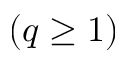
( q \ge 1 )